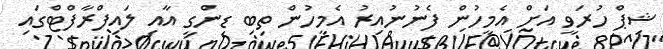
ޝިޕް ހުރަވީ އަށް އެމީހުން ފެނުނުއިރު އެމީހުން ތިބި ޑިންގީ އާއި ލައިފްރާފްޓްގައި